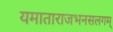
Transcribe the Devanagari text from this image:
यमाताराजभनसलगम्